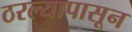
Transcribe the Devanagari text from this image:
ठरल्यापासून